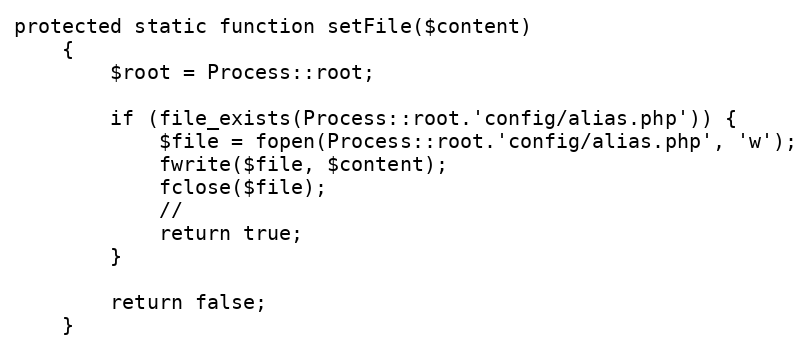
Language: PHP
protected static function setFile($content)
    {
        $root = Process::root;

        if (file_exists(Process::root.'config/alias.php')) {
            $file = fopen(Process::root.'config/alias.php', 'w');
            fwrite($file, $content);
            fclose($file);
            //
            return true;
        }

        return false;
    }